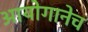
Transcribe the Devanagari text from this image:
आयोगानेच